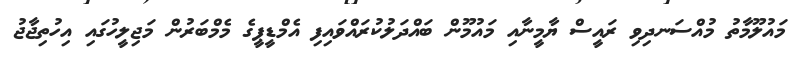
މައުލޫމާތު މުއްސަނދިވި ރައީސް ޔާމީނާއި މައުމޫން ބައްދަލުކުރައްވައިފި އެމްޑީޕީގެ މެމްބަރުން މަޖިލީހުގައި އިހުތިޖާޖު